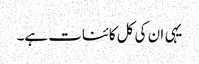
یہی ان کی کل کائنات ہے۔